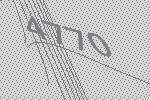
4770